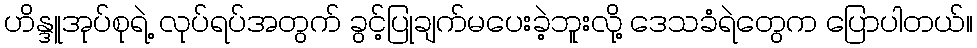
ဟိန္ဒူအုပ်စုရဲ့ လုပ်ရပ်အတွက် ခွင့်ပြုချက်မပေးခဲ့ဘူးလို့ ဒေသခံရဲတွေက ပြောပါတယ်။